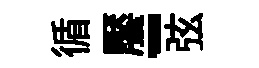
循饜-弦